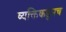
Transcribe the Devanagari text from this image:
व्यक्तिकडुनच